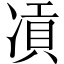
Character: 𠗸